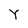
Character: Y